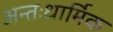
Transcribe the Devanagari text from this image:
अन्तःधार्मिक